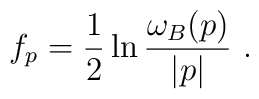
f_p={1\over 2}\ln {\omega_B (p)\over |p|}~.